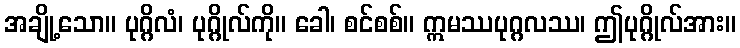
အချို့သော။ ပုဂ္ဂိလံ၊ ပုဂ္ဂိုလ်ကို။ ခေါ၊ စင်စစ်။ ဣမဿပုဂ္ဂလဿ၊ ဤပုဂ္ဂိုလ်အား။